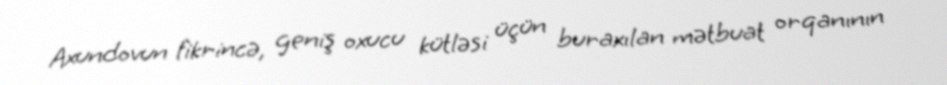
Axundovun fikrincə, geniş oxucu kütləsi üçün buraxılan mətbuat orqanının